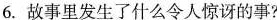
6.故事里发生了什么令人惊讶的事?